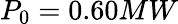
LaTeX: P_{0}=0.60MW